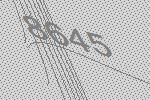
8645